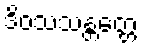
ဒိဝသသန္တတ္တေ